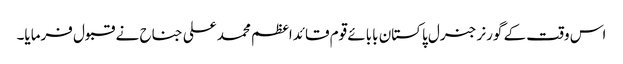
اس وقت کے گورنر جنرل پاکستان بابائے قوم قائداعظم محمد علی جناح نے قبول فرمایا۔